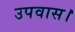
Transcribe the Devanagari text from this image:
उपवास।